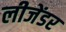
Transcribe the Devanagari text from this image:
लीजेंडर